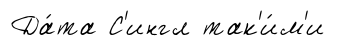
Да́та С'ингл так'и́м'и